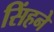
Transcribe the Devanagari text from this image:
सिंहने